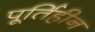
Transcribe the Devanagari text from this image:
पूर्तिहीन